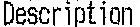
DESCRIPTION